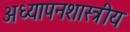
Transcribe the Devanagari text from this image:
अध्यापनशास्त्रीय